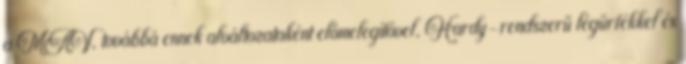
a MÁV, továbbá ennek alváltozataként előmelegítővel, Hardy-rendszerű légűrfékkel és